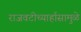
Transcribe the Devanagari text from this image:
राजवटीच्यार्हासामुळे